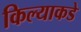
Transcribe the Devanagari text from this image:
किल्याकडे